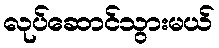
လုပ်ဆောင်သွားမယ်